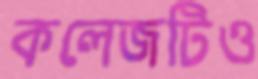
কলেজটিও